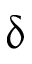
\updelta